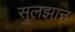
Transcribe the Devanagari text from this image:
सुलझान